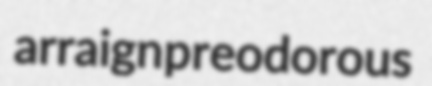
arraign preodorous